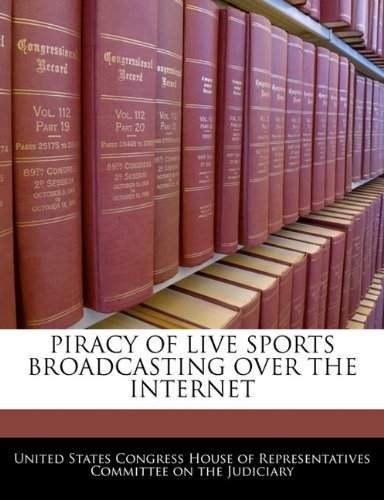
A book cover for Piracy Of Live Sports Broadcasting Over The Internet; Sports & Outdoors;